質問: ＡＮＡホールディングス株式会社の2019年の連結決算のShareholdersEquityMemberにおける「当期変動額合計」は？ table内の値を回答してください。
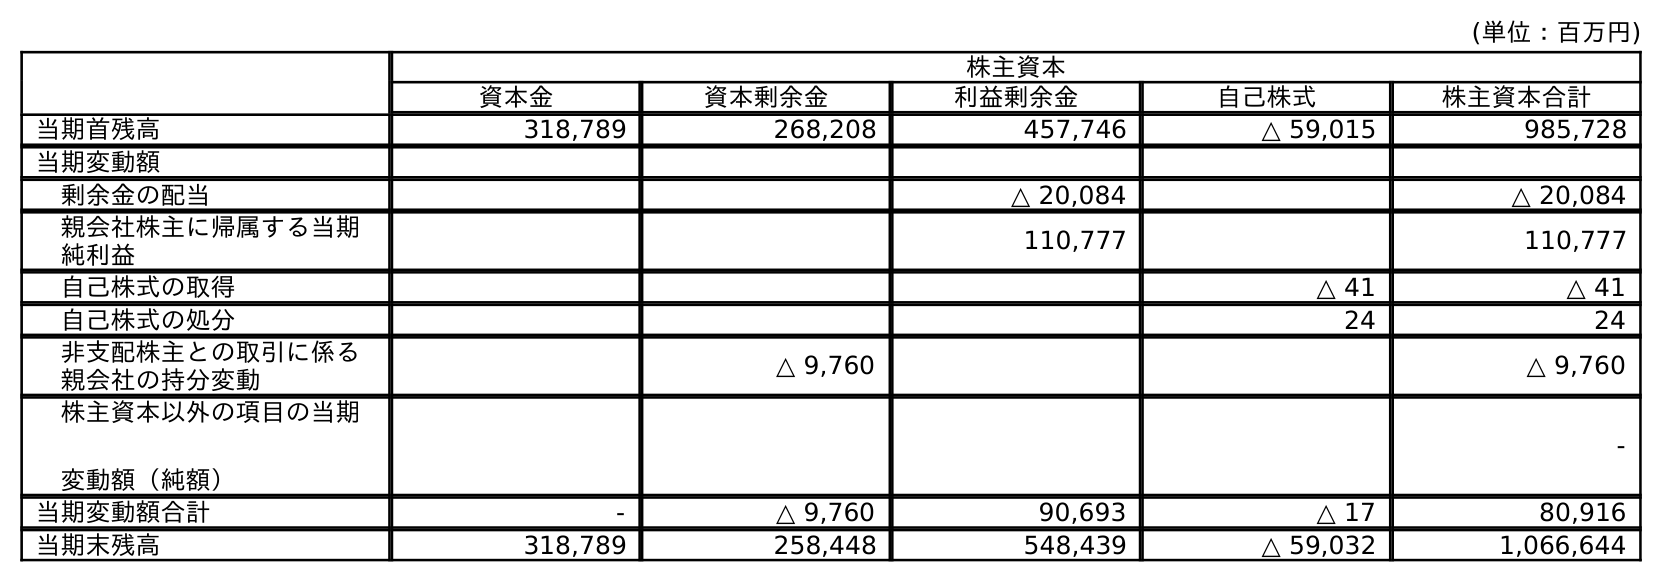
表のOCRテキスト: (単位：百万円) 株主資本 資本金 資本剰余金 利益剰余金 自己株式 株主資本合計 当期首残高 318,789 268,208 457,746 △ 59,015 985,728 当期変動額 剰余金の配当 △ 20,084 △ 20,084 親会社株主に帰属する当期 純利益 110,777 110,777 自己株式の取得 △ 41 △ 41 自己株式の処分 24 24 非支配株主との取引に係る 親会社の持分変動 △ 9,760 △ 9,760 株主資本以外の項目の当期 変動額（純額） - 当期変動額合計 - △ 9,760 90,693 △ 17 80,916 当期末残高 318,789 258,448 548,439 △ 59,032 1,066,644
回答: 80,916